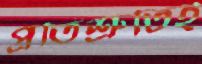
প্রতিশ্রুতিই